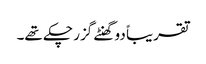
تقریباً دو گھنٹے گزر چکے تھے۔